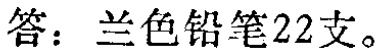
答：兰色铅笔22支。